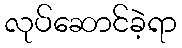
လုပ်ဆောင်ခဲ့ရာ